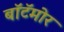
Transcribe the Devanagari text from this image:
बॉटॅमोर